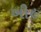
બી૯